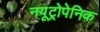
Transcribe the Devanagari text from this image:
नयूट्रोपेनिक